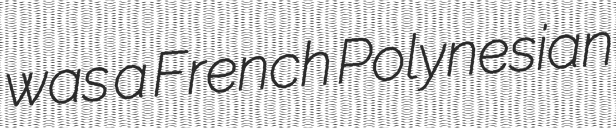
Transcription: was a French Polynesian